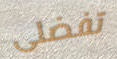
تفضلى